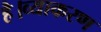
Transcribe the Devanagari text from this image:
है।व्याकरण